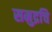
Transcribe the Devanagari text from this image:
समुद्रचि